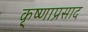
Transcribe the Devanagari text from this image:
कृ्ष्णाप्रसाद